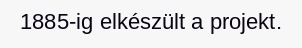
1885-ig elkészült a projekt.